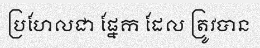
ប្រហែលជា ផ្នែក ដែល ត្រូវបាន